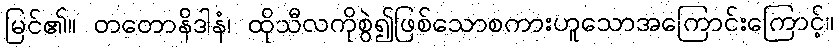
မြင်၏။ တတောနိဒါနံ၊ ထိုသီလကိုစွဲ၍ဖြစ်သောစကားဟူသောအကြောင်းကြောင့်။